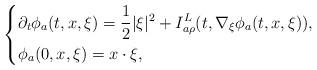
LaTeX: \begin{align*}\left\{\begin{aligned}&{\partial}_t\phi_a(t,x,\xi)=\frac{1}{2}|\xi|^2+I^L_{a\rho}(t,\nabla_{\xi}\phi_a(t,x,\xi)),\\&\phi_a(0,x,\xi)=x\cdot \xi,\end{aligned}\right.\end{align*}